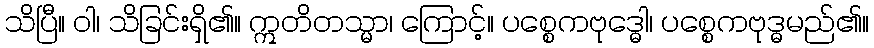
သိပြီ။ ဝါ၊ သိခြင်းရှိ၏။ ဣတိတသ္မာ၊ ကြောင့်။ ပစ္စေကဗုဒ္ဓေါ၊ ပစ္စေကဗုဒ္ဓမည်၏။